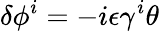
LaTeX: \delta\phi^{i}=-i\epsilon\gamma^{i}\theta